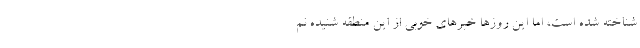
شناخته شده است، اما این روز‌ها خبر‌های خوبی از این منطقه شنیده نم